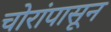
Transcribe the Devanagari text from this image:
चोरांपासून